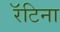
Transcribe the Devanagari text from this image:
रॅटिना